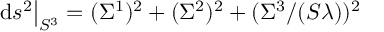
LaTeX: \mathrm { d } s ^ { 2 } \big \vert _ { S ^ { 3 } } = ( \Sigma ^ { 1 } ) ^ { 2 } + ( \Sigma ^ { 2 } ) ^ { 2 } + ( \Sigma ^ { 3 } / ( S \lambda ) ) ^ { 2 }